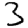
Digit: 3